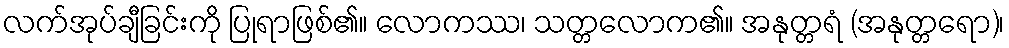
လက်အုပ်ချီခြင်းကို ပြုရာဖြစ်၏။ လောကဿ၊ သတ္တလောက၏။ အနုတ္တရံ (အနုတ္တရော)၊